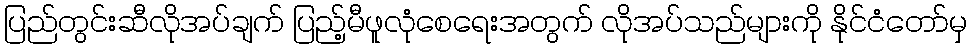
ပြည်တွင်းဆီလိုအပ်ချက် ပြည့်မီဖူလုံစေရေးအတွက် လိုအပ်သည်များကို နိုင်ငံတော်မှ